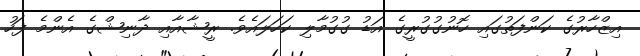
އިޒްހާރުގެ ކަންފަތުގައި ހޮނުގުގުރީީގެ އަޑު ގުގުމާލި ކަހަލައެވެ. ރީޝާއާއި ދާނިޝްގެ އެންމެ ފަހު